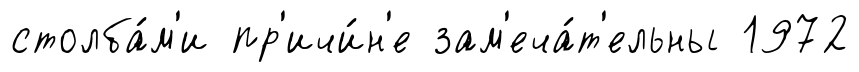
столба́м'и пр'ичи́н'е зам'еча́т'ельны 1972